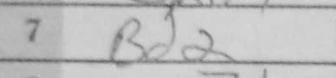
Transcription: Bd2